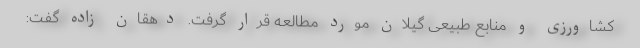
کشاورزی و منابع طبیعی گیلان مورد مطالعه قرار گرفت. دهقان زاده گفت: